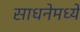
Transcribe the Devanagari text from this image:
साधनेमध्ये